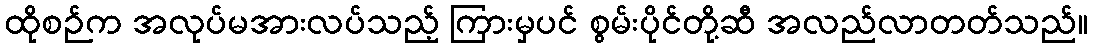
ထိုစဉ်က အလုပ်မအားလပ်သည့် ကြားမှပင် စွမ်းပိုင်တို့ဆီ အလည်လာတတ်သည်။